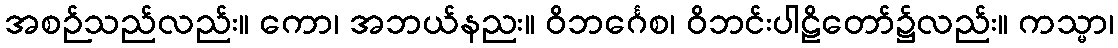
အစဉ်သည်လည်း။ ကော၊ အဘယ်နညး။ ဝိဘင်္ဂေစ၊ ဝိဘင်းပါဠိတော်၌လည်း။ ကသ္မာ၊